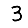
Digit: 3